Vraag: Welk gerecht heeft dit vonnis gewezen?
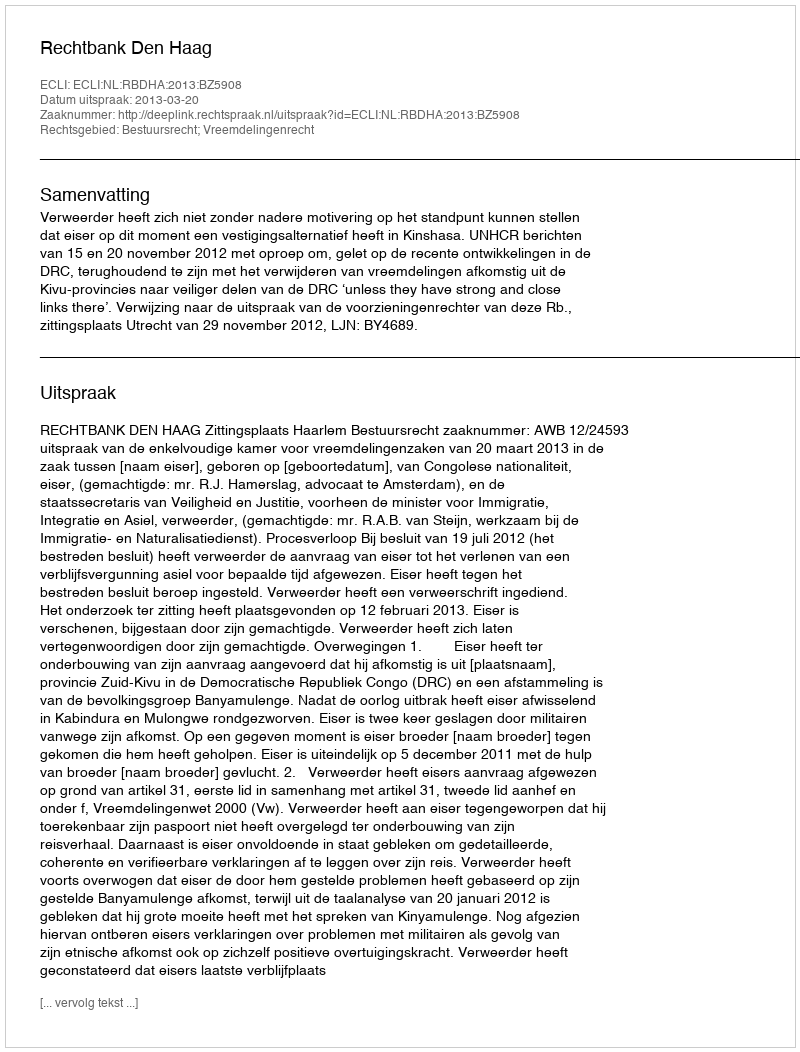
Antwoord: Rechtbank Den Haag